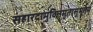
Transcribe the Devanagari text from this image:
संहारदामुक्तिमुतासुभूतम्